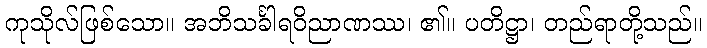
ကုသိုလ်ဖြစ်သော။ အဘိသင်္ခါရဝိညာဏဿ၊ ၏။ ပတိဋ္ဌာ၊ တည်ရာတို့သည်။